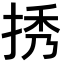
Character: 𢭆